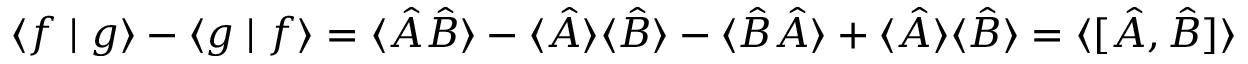
\langle f \mid g \rangle - \langle g \mid f \rangle = \langle { \hat { A } } { \hat { B } } \rangle - \langle { \hat { A } } \rangle \langle { \hat { B } } \rangle - \langle { \hat { B } } { \hat { A } } \rangle + \langle { \hat { A } } \rangle \langle { \hat { B } } \rangle = \langle [ { \hat { A } } , { \hat { B } } ] \rangle